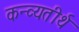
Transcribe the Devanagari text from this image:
कन्व्यतीर्थ